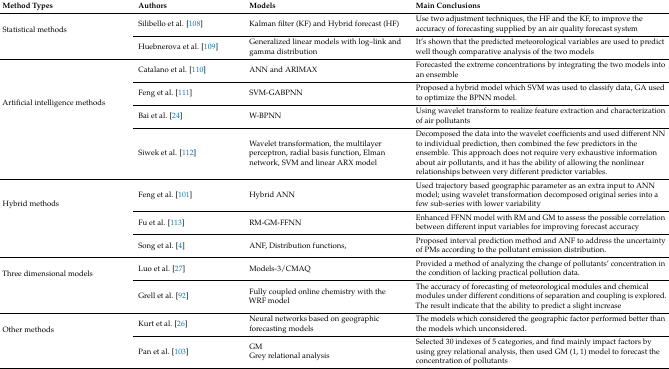
| Method Types | Authors | Models | Main Conclusions |
 | --- | --- | --- | --- |
 | <ROWSPAN=2> Statistical methods | Silibello et al. [108] | Kalman filter (KF) and Hybrid forecast (HF) | Use two adjustment techniques, the HF and the KF, to improve the accuracy of forecasting supplied by an air quality forecast system |
 | Huebnerova et al. [109] | Generalized linear models with log–link and gamma distribution | It’s shown that the predicted meteorological variables are used to predict well though comparative analysis of the two models |
 | <ROWSPAN=4> Artificial intelligence methods | Catalano et al. [110] | ANN and ARIMAX | Forecasted the extreme concentrations by integrating the two models into an ensemble |
 | Feng et al. [111] | SVM-GABPNN | Proposed a hybrid model which SVM was used to classify data, GA used to optimize the BPNN model. |
 | Bai et al. [24] | W-BPNN | Using wavelet transform to realize feature extraction and characterization of air pollutants |
 | Siwek et al. [112] | Wavelet transformation, the multilayer perceptron, radial basis function, Elman network, SVM and linear ARX model | Decomposed the data into the wavelet coefficients and used different NN to individual prediction, then combined the few predictors in the ensemble. This approach does not require very exhaustive information about air pollutants, and it has the ability of allowing the nonlinear relationships between very different predictor variables. |
 | <ROWSPAN=3> Hybrid methods | Feng et al. [101] | Hybrid ANN | Used trajectory based geographic parameter as an extra input to ANN model; using wavelet transformation decomposed original series into a few sub-series with lower variability |
 | Fu et al. [113] | RM-GM-FFNN | Enhanced FFNN model with RM and GM to assess the possible correlation between different input variables for improving forecast accuracy |
 | Song et al. [4] | ANF, Distribution functions, | Proposed interval prediction method and ANF to address the uncertainty of PMs according to the pollutant emission distribution. |
 | <ROWSPAN=2> Three dimensional models | Luo et al. [27] | Models-3/CMAQ | Provided a method of analyzing the change of pollutants’ concentration in the condition of lacking practical pollution data. |
 | Grell et al. [92] | Fully coupled online chemistry with the WRF model | The accuracy of forecasting of meteorological modules and chemical modules under different conditions of separation and coupling is explored. The result indicate that the ability to predict a slight increase |
 | <ROWSPAN=2> Other methods | Kurt et al. [26] | Neural networks based on geographic forecasting models | The models which considered the geographic factor performed better than the models which unconsidered. |
 | Pan et al. [103] | GMGrey relational analysis | Selected 30 indexes of 5 categories, and find mainly impact factors by using grey relational analysis, then used GM (1, 1) model to forecast the concentration of pollutants |